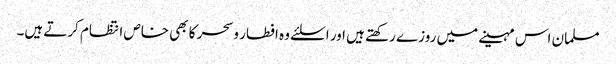
مسلمان اس مہینے میں روزے رکھتے ہیں اور اسلئے وہ افطار وسحر کا بھی خاص انتظام کرتے ہیں۔